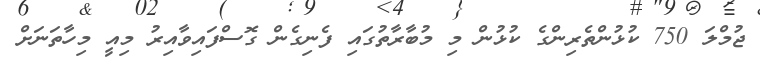
ޖުމްލަ 750 ކުޅުންތެރިންގެ ކުޅުން މި މުބާރާތުގައި ފެނިގެން ގޮސްފައިވާއިރު މިއީ މިހާތަނަށް